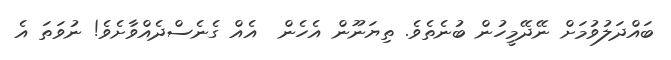
ބައްދަލުވުމަށް ނޭދޭމީހުން ބުނެތެވެ. ތިޔަނޫން އެހެން  އެއް ގެނެސްދެއްވާށެވެ! ނުވަތަ އެ